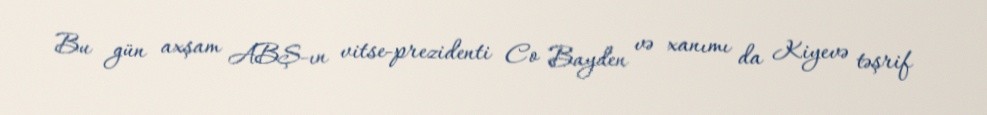
Bu gün axşam ABŞ-ın vitse-prezidenti Co Bayden və xanımı da Kiyevə təşrif